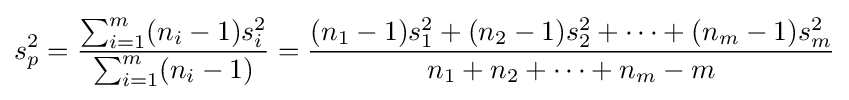
s_{p}^{2}={\frac {\sum _{i=1}^{m}(n_{i}-1)s_{i}^{2}}{\sum _{i=1}^{m}(n_{i}-1)}}={\frac {(n_{1}-1)s_{1}^{2}+(n_{2}-1)s_{2}^{2}+\cdots +(n_{m}-1)s_{m}^{2}}{n_{1}+n_{2}+\cdots +n_{m}-m}}